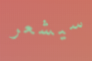
سيشعر